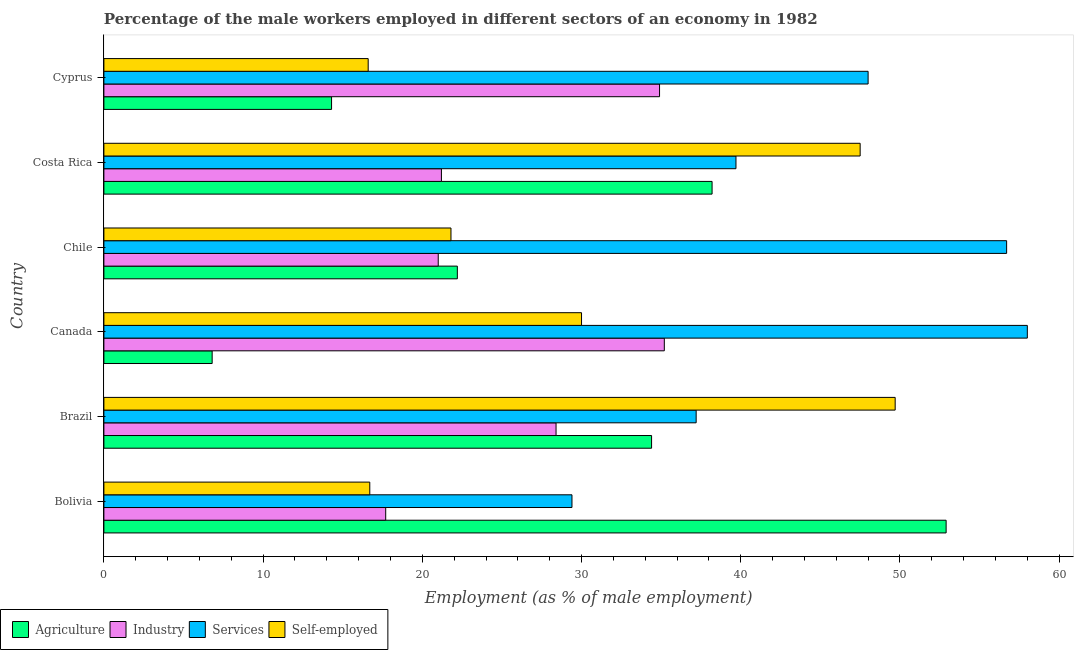
| Country | Agriculture | Industry | Services | Self-employed |
 | --- | --- | --- | --- | --- |
 | Bolivia | 52.9 | 17.7 | 29.4 | 16.7 |
 | Brazil | 34.4 | 28.4 | 37.2 | 49.7 |
 | Canada | 6.8 | 35.2 | 58 | 30 |
 | Chile | 22.2 | 21 | 56.7 | 21.8 |
 | Costa Rica | 38.2 | 21.2 | 39.7 | 47.5 |
 | Cyprus | 14.3 | 34.9 | 48 | 16.6 |